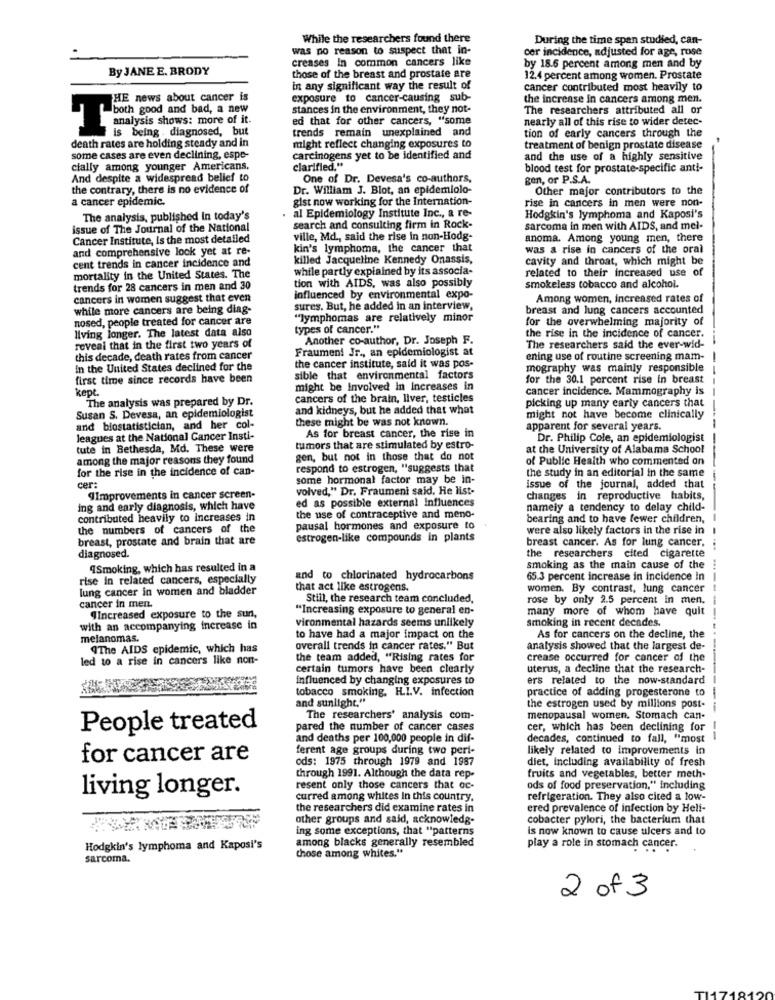
While the researchers found there
During the time span studied, can-
was no reason to suspect that in-
cer incidence, adjusted for age, rose
creases In common cancers like
By JANE E. BRODY
by 18.6 percent among men and by
those of the breast and prostate are
12.4 percent among women. Prostate
in any significant way the result of
cancer contributed most heavily to
THE news about cancer is
exposure to cancer-causing sub-
the increase in cancers among men.
both good and bad, a new
stances in the environment, they not-
The researchers attributed all or
ed that for other cancers, "some
nearly all of this rise to wider detec-
trends remain unexplained and
tion of early cancers through the
ysis shows: more of it
death rates are holding steady and in
is being . diagnosed, but
might reflect changing exposures to
treatment of benign prostate disease
some cases are even declining, espe-
carcinogens yet to be identified and
and the use of a highly sensitive
cially among younger Americans.
clarified."
blood test for prostate-specific anti-
And despite a widespread belief to
One of Dr. Devesa's co-authors,
gen, or P.S.A.
the contrary, there is no evidence of
Dr. William J. Blot, an epidemiolo-
Other major contributors to the
a cancer epidemic.
gist now working for the Internation-
rise in cancers in men were non-
The analysis, published In today's
al Epidemiology Institute Inc ., a re-
Hodgkin's lymphoma and Kaposi's
issue of The Journal of the National
search and consulting firm in Rock-
sarcoma in men with AIDS, and mel-
Cancer Institute, Is the most detailed
ville, Md ., said the rise in non-Hodg-
anoma. Among young men, there
and comprehensive look yet at re-
kin's lymphoma, the cancer that
was a rise in cancers of the oral
cent trends in cancer incidence and
killed Jacqueline Kennedy Onassis,
cavity and throat, which might be
while partly explained by its associa-
related to their increased use of
mortality in the United States. The
trends for 28 cancers in men and 30
tion with AIDS, was also possibly
smokeless tobacco and alcohol.
cancers in women suggest that even
influenced by environmental expo-
Among women, increased rates of
while more cancers are being diag-
sures. But, he added in an interview,
breast and lung cancers accounted
nosed, people treated for cancer are
"lymphomas are relatively minor
for the overwhelming majority of
living longer. The latest data also
types of cancer."
Another co-author, Dr. Joseph F.
the rise in the incidence of cancer.
reveal that in the first two years of
Fraumen! Jr ., an epidemiologist at
The researchers said the ever-wid-
this decade, death rates from cancer
ening use of routine screening mam-
-
In the United States declined for the
the cancer institute, said it was pos-
mography was mainly responsible
first time since records have been
sible that environmental factors
for the 30.1 percent rise in breast
kept
might be involved in Increases in
cancer incidence. Mammography is
The analysis was prepared by Dr.
cancers of the brain, liver, testicles
and kidneys, but he added that what
picking up many early cancers that
Susan S. Devesa, an epidemiologist
these might be was not known.
might not have become clinically
and biostatistician, and her col-
As for breast cancer, the rise in
apparent for several years.
leagues at the National Cancer Insti-
Dr. Philip Cole, an epidemiologist
tute in Bethesda, Md. These were
tumors that are stimulated by estro-
at the University of Alabama School
among the major reasons they found
gen, but not in those that do not
of Public Health who commented on
for the rise in the incidence of can-
respond to estrogen, "suggests that
some hormonal factor may be in-
the study in an editorial in the same
-
cer:
volved," Dr. Fraumeni said. He list-
issue of the journal, added that
"Improvements in cancer screen-
ed as possible external Influences
changes in reproductive habits,
ing and early diagnosis, which have
namely a tendency to delay child-
contributed heavily to increases in
the use of contraceptive and meno-
bearing and to have fewer children,
the numbers of cancers of the
pausal hormones and exposure to
were also likely factors in the rise in I
breast, prostate and brain that are
estrogen-like compounds in plants
breast cancer. As for lung cancer.
diagnosed.
--...
the researchers cited cigarette
4Smoking, which has resulted in a
smoking as the main cause of the
rise in related cancers, especially
and to chlorinated hydrocarbons
65.3 percent increase in incidence in
lung cancer in women and bladder
that act like estrogens.
women. By contrast, lung cancer
Still, the research team concluded,
rose by only 2.5 percent in men.
cancer in men.
"Increasing exposure to general en-
many more of whom have quit
"Increased exposure to the sun,
vironmental hazards seems unlikely
smoking in recent decades.
with an accompanying increase in
melanomas.
to have had a major impact on the
As for cancers on the decline, the
"The AIDS epidemic, which has
overall trends in cancer rates." But
analysis showed that the largest de-
led to a rise in cancers like non-
the team added, "Rising rates for
crease occurred for cancer of the
certain tumors have been clearly
uterus, a decline that the research-
influenced by changing exposures to
ers related to the now-standard
tobacco smoking. H.I.V. infection
practice of adding progesterone to
and sunlight."
the estrogen used by millions post-
-----------
The researchers' analysis com-
menopausal women, Stomach can-
People treated
pared the number of cancer cases
cer, which has been declining for
and deaths per 100,000 people in dif-
decades, continued to fall, "most
--
ferent age groups during two peri-
likely related to improvements in
for cancer are
ods: 1975 through 1979 and 1987
diet, Including availability of fresh
through 1991. Although the data rep-
fruits and vegetables, better meth-
resent only those cancers that oc-
ods of food preservation," including
living longer.
curred among whites In this country.
refrigeration. They also cited a low-
the researchers did examine rates in
ered prevalence of infection by Heli-
other groups and said, acknowledg-
cobacter pylori, the bacterium that
ing some exceptions, that "patterns
is now known to cause ulcers and to
among blacks generally resembled
Hodgkin's lymphoma and Kaposi's
chose among whites."
play a role in stomach cancer.
sarcoma.
2 of 3